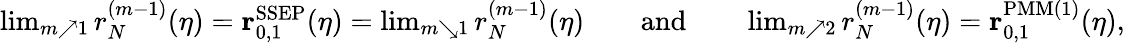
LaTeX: \begin{array}{r}{\operatorname*{lim}_{m\nearrow 1}r_{N}^{(m-1)}(\eta)=\mathbf{r}_{0,1}^{\mathrm{SSEP}}(\eta)=\operatorname*{lim}_{m\searrow 1}r_{N}^{(m-1)}(\eta)\qquad\mathrm{and}\qquad\operatorname*{lim}_{m\nearrow 2}r_{N}^{(m-1)}(\eta)=\mathbf{r}_{0,1}^{\mathrm{PMM}(1)}(\eta),}\end{array}